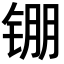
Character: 𬭖